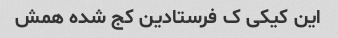
این کیکی ک فرستادین کج شده همش